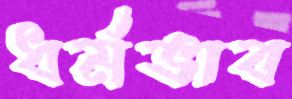
ধর্মভাব